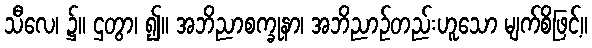
သီလေ၊ ၌။ ဌတွာ၊ ၍။ အဘိညာစက္ခုနာ၊ အဘိညာဉ်တည်းဟူသော မျက်စိဖြင့်။